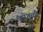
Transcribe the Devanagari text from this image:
कोंतुच्ची